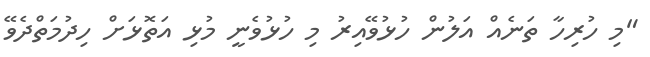
"މި ހުރިހާ ތަނެއް އަލުން ހުޅުވޭއިރު މި ހުޅުވެނީ މުޅި އަތޮޅަށް ހިދުމަތްދެވޭ